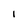
Character: 1